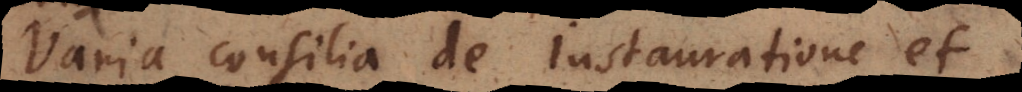
Varia consilia de Instauratione et